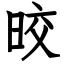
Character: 晈